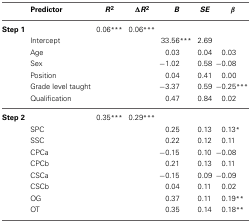
<table><thead><tr><td></td><td><b>Predictor</b></td><td><b><i>R</i><sup>2</sup></b></td><td><b>Δ<i>R</i><sup>2</sup></b></td><td><b><i>B</i></b></td><td><b><i>SE</i></b></td><td><b>β</b></td></tr></thead><tbody><tr><td><b>Step 1</b></td><td></td><td>0.06<sup>***</sup></td><td>0.06<sup>***</sup></td><td></td><td></td><td></td></tr><tr><td></td><td>Intercept</td><td></td><td></td><td>33.56<sup>***</sup></td><td>2.69</td><td></td></tr><tr><td></td><td>Age</td><td></td><td></td><td>0.03</td><td>0.04</td><td>0.03</td></tr><tr><td></td><td>Sex</td><td></td><td></td><td>−1.02</td><td>0.58</td><td>−0.08</td></tr><tr><td></td><td>Position</td><td></td><td></td><td>0.04</td><td>0.41</td><td>0.00</td></tr><tr><td></td><td>Grade level taught</td><td></td><td></td><td>−3.37</td><td>0.59</td><td>−0.25<sup>***</sup></td></tr><tr><td></td><td>Qualification</td><td></td><td></td><td>0.47</td><td>0.84</td><td>0.02</td></tr><tr><td><b>Step 2</b></td><td></td><td>0.35<sup>***</sup></td><td>0.29<sup>***</sup></td><td></td><td></td><td></td></tr><tr><td></td><td>SPC</td><td></td><td></td><td>0.25</td><td>0.13</td><td>0.13<sup>*</sup></td></tr><tr><td></td><td>SSC</td><td></td><td></td><td>0.22</td><td>0.12</td><td>0.11</td></tr><tr><td></td><td>CPCa</td><td></td><td></td><td>−0.15</td><td>0.10</td><td>−0.08</td></tr><tr><td></td><td>CPCb</td><td></td><td></td><td>0.21</td><td>0.13</td><td>0.11</td></tr><tr><td></td><td>CSCa</td><td></td><td></td><td>−0.15</td><td>0.09</td><td>−0.09</td></tr><tr><td></td><td>CSCb</td><td></td><td></td><td>0.04</td><td>0.11</td><td>0.02</td></tr><tr><td></td><td>OG</td><td></td><td></td><td>0.37</td><td>0.11</td><td>0.19<sup>**</sup></td></tr><tr><td></td><td>OT</td><td></td><td></td><td>0.35</td><td>0.14</td><td>0.18<sup>**</sup></td></tr></tbody></table>